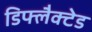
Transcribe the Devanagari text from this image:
डिफ्लैक्टेड